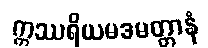
ဣဿရိယမဒမတ္တာနံ